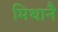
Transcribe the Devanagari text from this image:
मिथानै